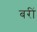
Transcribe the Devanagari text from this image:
बरीं